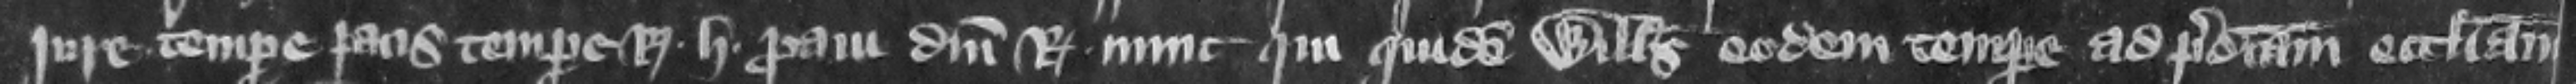
jure tempore pacis tempore regis H. proaui domini regis nunc. Qui quidem Willelmus eodem tempore ad predictam ecclesiam